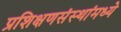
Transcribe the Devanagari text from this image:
प्रशिक्षणसंस्थांमध्ये